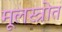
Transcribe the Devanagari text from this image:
मूलस्त्रोत